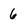
Character: 6